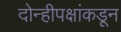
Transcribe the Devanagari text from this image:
दोन्हीपक्षांकडून